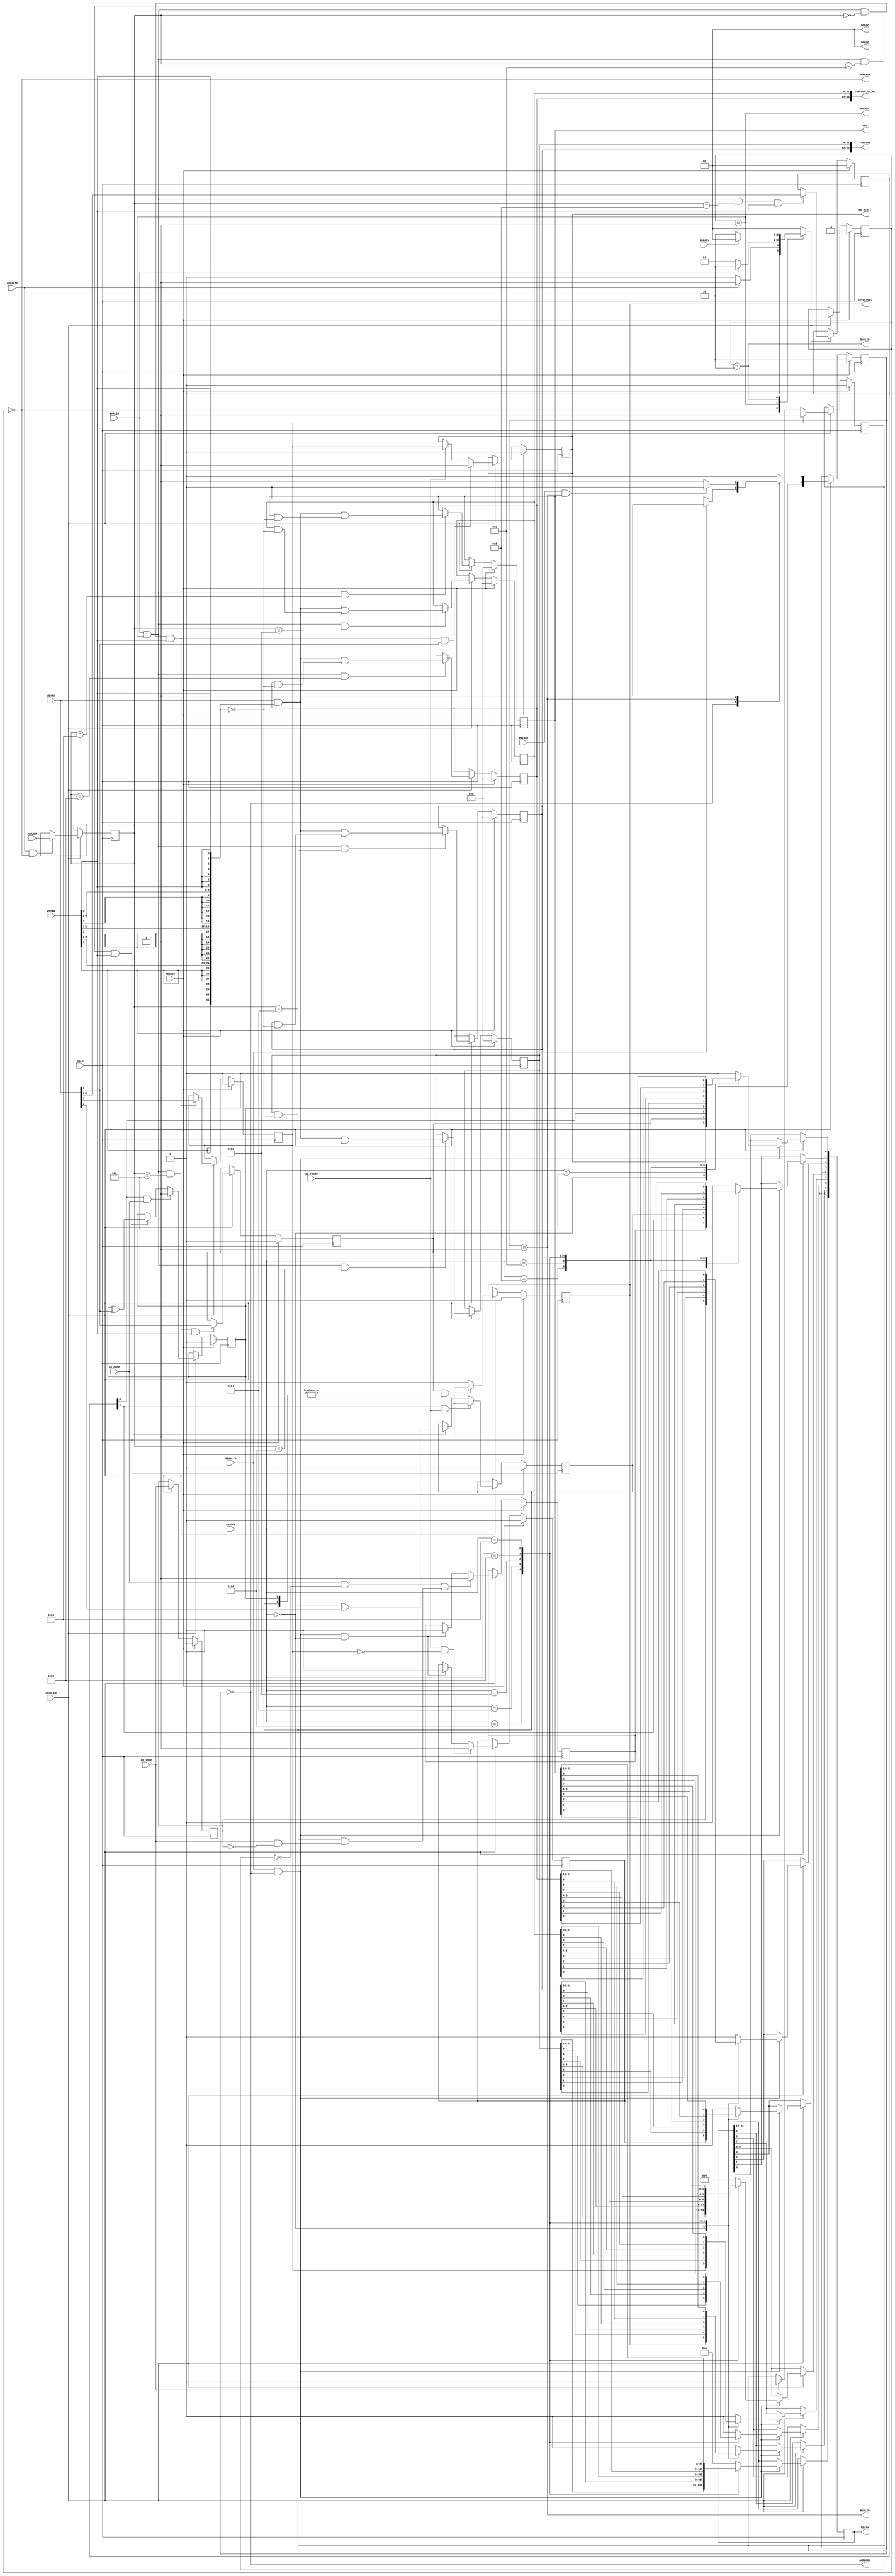
// ==============================================================
// Vitis HLS - High-Level Synthesis from C, C++ and OpenCL v2022.2 (64-bit)
// Tool Version Limit: 2019.12
// Copyright 1986-2022 Xilinx, Inc. All Rights Reserved.
// ==============================================================
`timescale 1ns/1ps
module read_romcode_control_s_axi
#(parameter
    C_S_AXI_ADDR_WIDTH = 6,
    C_S_AXI_DATA_WIDTH = 32
)(
    input  wire                          ACLK,
    input  wire                          ARESET,
    input  wire                          ACLK_EN,
    input  wire [C_S_AXI_ADDR_WIDTH-1:0] AWADDR,
    input  wire                          AWVALID,
    output wire                          AWREADY,
    input  wire [C_S_AXI_DATA_WIDTH-1:0] WDATA,
    input  wire [C_S_AXI_DATA_WIDTH/8-1:0] WSTRB,
    input  wire                          WVALID,
    output wire                          WREADY,
    output wire [1:0]                    BRESP,
    output wire                          BVALID,
    input  wire                          BREADY,
    input  wire [C_S_AXI_ADDR_WIDTH-1:0] ARADDR,
    input  wire                          ARVALID,
    output wire                          ARREADY,
    output wire [C_S_AXI_DATA_WIDTH-1:0] RDATA,
    output wire [1:0]                    RRESP,
    output wire                          RVALID,
    input  wire                          RREADY,
    output wire                          interrupt,
    output wire [63:0]                   romcode,
    output wire [63:0]                   romcode_to_PS,
    output wire [31:0]                   cmd,
    output wire                          ap_start,
    input  wire                          ap_done,
    input  wire                          ap_ready,
    input  wire                          ap_idle
);
//------------------------Address Info-------------------
// 0x00 : Control signals
//        bit 0  - ap_start (Read/Write/COH)
//        bit 1  - ap_done (Read/COR)
//        bit 2  - ap_idle (Read)
//        bit 3  - ap_ready (Read/COR)
//        bit 7  - auto_restart (Read/Write)
//        bit 9  - interrupt (Read)
//        others - reserved
// 0x04 : Global Interrupt Enable Register
//        bit 0  - Global Interrupt Enable (Read/Write)
//        others - reserved
// 0x08 : IP Interrupt Enable Register (Read/Write)
//        bit 0 - enable ap_done interrupt (Read/Write)
//        bit 1 - enable ap_ready interrupt (Read/Write)
//        others - reserved
// 0x0c : IP Interrupt Status Register (Read/TOW)
//        bit 0 - ap_done (Read/TOW)
//        bit 1 - ap_ready (Read/TOW)
//        others - reserved
// 0x10 : Data signal of romcode
//        bit 31~0 - romcode[31:0] (Read/Write)
// 0x14 : Data signal of romcode
//        bit 31~0 - romcode[63:32] (Read/Write)
// 0x18 : reserved
// 0x1c : Data signal of romcode_to_PS
//        bit 31~0 - romcode_to_PS[31:0] (Read/Write)
// 0x20 : Data signal of romcode_to_PS
//        bit 31~0 - romcode_to_PS[63:32] (Read/Write)
// 0x24 : reserved
// 0x28 : Data signal of cmd
//        bit 31~0 - cmd[31:0] (Read/Write)
// 0x2c : reserved
// (SC = Self Clear, COR = Clear on Read, TOW = Toggle on Write, COH = Clear on Handshake)

//------------------------Parameter----------------------
localparam
    ADDR_AP_CTRL              = 6'h00,
    ADDR_GIE                  = 6'h04,
    ADDR_IER                  = 6'h08,
    ADDR_ISR                  = 6'h0c,
    ADDR_ROMCODE_DATA_0       = 6'h10,
    ADDR_ROMCODE_DATA_1       = 6'h14,
    ADDR_ROMCODE_CTRL         = 6'h18,
    ADDR_ROMCODE_TO_PS_DATA_0 = 6'h1c,
    ADDR_ROMCODE_TO_PS_DATA_1 = 6'h20,
    ADDR_ROMCODE_TO_PS_CTRL   = 6'h24,
    ADDR_CMD_DATA_0           = 6'h28,
    ADDR_CMD_CTRL             = 6'h2c,
    WRIDLE                    = 2'd0,
    WRDATA                    = 2'd1,
    WRRESP                    = 2'd2,
    WRRESET                   = 2'd3,
    RDIDLE                    = 2'd0,
    RDDATA                    = 2'd1,
    RDRESET                   = 2'd2,
    ADDR_BITS                = 6;

//------------------------Local signal-------------------
    reg  [1:0]                    wstate = WRRESET;
    reg  [1:0]                    wnext;
    reg  [ADDR_BITS-1:0]          waddr;
    wire [C_S_AXI_DATA_WIDTH-1:0] wmask;
    wire                          aw_hs;
    wire                          w_hs;
    reg  [1:0]                    rstate = RDRESET;
    reg  [1:0]                    rnext;
    reg  [C_S_AXI_DATA_WIDTH-1:0] rdata;
    wire                          ar_hs;
    wire [ADDR_BITS-1:0]          raddr;
    // internal registers
    reg                           int_ap_idle;
    reg                           int_ap_ready = 1'b0;
    wire                          task_ap_ready;
    reg                           int_ap_done = 1'b0;
    wire                          task_ap_done;
    reg                           int_task_ap_done = 1'b0;
    reg                           int_ap_start = 1'b0;
    reg                           int_interrupt = 1'b0;
    reg                           int_auto_restart = 1'b0;
    reg                           auto_restart_status = 1'b0;
    wire                          auto_restart_done;
    reg                           int_gie = 1'b0;
    reg  [1:0]                    int_ier = 2'b0;
    reg  [1:0]                    int_isr = 2'b0;
    reg  [63:0]                   int_romcode = 'b0;
    reg  [63:0]                   int_romcode_to_PS = 'b0;
    reg  [31:0]                   int_cmd = 'b0;

//------------------------Instantiation------------------


//------------------------AXI write fsm------------------
assign AWREADY = (wstate == WRIDLE);
assign WREADY  = (wstate == WRDATA);
assign BRESP   = 2'b00;  // OKAY
assign BVALID  = (wstate == WRRESP);
assign wmask   = { {8{WSTRB[3]}}, {8{WSTRB[2]}}, {8{WSTRB[1]}}, {8{WSTRB[0]}} };
assign aw_hs   = AWVALID & AWREADY;
assign w_hs    = WVALID & WREADY;

// wstate
always @(posedge ACLK) begin
    if (ARESET)
        wstate <= WRRESET;
    else if (ACLK_EN)
        wstate <= wnext;
end

// wnext
always @(*) begin
    case (wstate)
        WRIDLE:
            if (AWVALID)
                wnext = WRDATA;
            else
                wnext = WRIDLE;
        WRDATA:
            if (WVALID)
                wnext = WRRESP;
            else
                wnext = WRDATA;
        WRRESP:
            if (BREADY)
                wnext = WRIDLE;
            else
                wnext = WRRESP;
        default:
            wnext = WRIDLE;
    endcase
end

// waddr
always @(posedge ACLK) begin
    if (ACLK_EN) begin
        if (aw_hs)
            waddr <= AWADDR[ADDR_BITS-1:0];
    end
end

//------------------------AXI read fsm-------------------
assign ARREADY = (rstate == RDIDLE);
assign RDATA   = rdata;
assign RRESP   = 2'b00;  // OKAY
assign RVALID  = (rstate == RDDATA);
assign ar_hs   = ARVALID & ARREADY;
assign raddr   = ARADDR[ADDR_BITS-1:0];

// rstate
always @(posedge ACLK) begin
    if (ARESET)
        rstate <= RDRESET;
    else if (ACLK_EN)
        rstate <= rnext;
end

// rnext
always @(*) begin
    case (rstate)
        RDIDLE:
            if (ARVALID)
                rnext = RDDATA;
            else
                rnext = RDIDLE;
        RDDATA:
            if (RREADY & RVALID)
                rnext = RDIDLE;
            else
                rnext = RDDATA;
        default:
            rnext = RDIDLE;
    endcase
end

// rdata
always @(posedge ACLK) begin
    if (ACLK_EN) begin
        if (ar_hs) begin
            rdata <= 'b0;
            case (raddr)
                ADDR_AP_CTRL: begin
                    rdata[0] <= int_ap_start;
                    rdata[1] <= int_task_ap_done;
                    rdata[2] <= int_ap_idle;
                    rdata[3] <= int_ap_ready;
                    rdata[7] <= int_auto_restart;
                    rdata[9] <= int_interrupt;
                end
                ADDR_GIE: begin
                    rdata <= int_gie;
                end
                ADDR_IER: begin
                    rdata <= int_ier;
                end
                ADDR_ISR: begin
                    rdata <= int_isr;
                end
                ADDR_ROMCODE_DATA_0: begin
                    rdata <= int_romcode[31:0];
                end
                ADDR_ROMCODE_DATA_1: begin
                    rdata <= int_romcode[63:32];
                end
                ADDR_ROMCODE_TO_PS_DATA_0: begin
                    rdata <= int_romcode_to_PS[31:0];
                end
                ADDR_ROMCODE_TO_PS_DATA_1: begin
                    rdata <= int_romcode_to_PS[63:32];
                end
                ADDR_CMD_DATA_0: begin
                    rdata <= int_cmd[31:0];
                end
            endcase
        end
    end
end


//------------------------Register logic-----------------
assign interrupt         = int_interrupt;
assign ap_start          = int_ap_start;
assign task_ap_done      = (ap_done && !auto_restart_status) || auto_restart_done;
assign task_ap_ready     = ap_ready && !int_auto_restart;
assign auto_restart_done = auto_restart_status && (ap_idle && !int_ap_idle);
assign romcode           = int_romcode;
assign romcode_to_PS     = int_romcode_to_PS;
assign cmd               = int_cmd;
// int_interrupt
always @(posedge ACLK) begin
    if (ARESET)
        int_interrupt <= 1'b0;
    else if (ACLK_EN) begin
        if (int_gie && (|int_isr))
            int_interrupt <= 1'b1;
        else
            int_interrupt <= 1'b0;
    end
end

// int_ap_start
always @(posedge ACLK) begin
    if (ARESET)
        int_ap_start <= 1'b0;
    else if (ACLK_EN) begin
        if (w_hs && waddr == ADDR_AP_CTRL && WSTRB[0] && WDATA[0])
            int_ap_start <= 1'b1;
        else if (ap_ready)
            int_ap_start <= int_auto_restart; // clear on handshake/auto restart
    end
end

// int_ap_done
always @(posedge ACLK) begin
    if (ARESET)
        int_ap_done <= 1'b0;
    else if (ACLK_EN) begin
            int_ap_done <= ap_done;
    end
end

// int_task_ap_done
always @(posedge ACLK) begin
    if (ARESET)
        int_task_ap_done <= 1'b0;
    else if (ACLK_EN) begin
        if (task_ap_done)
            int_task_ap_done <= 1'b1;
        else if (ar_hs && raddr == ADDR_AP_CTRL)
            int_task_ap_done <= 1'b0; // clear on read
    end
end

// int_ap_idle
always @(posedge ACLK) begin
    if (ARESET)
        int_ap_idle <= 1'b0;
    else if (ACLK_EN) begin
            int_ap_idle <= ap_idle;
    end
end

// int_ap_ready
always @(posedge ACLK) begin
    if (ARESET)
        int_ap_ready <= 1'b0;
    else if (ACLK_EN) begin
        if (task_ap_ready)
            int_ap_ready <= 1'b1;
        else if (ar_hs && raddr == ADDR_AP_CTRL)
            int_ap_ready <= 1'b0;
    end
end

// int_auto_restart
always @(posedge ACLK) begin
    if (ARESET)
        int_auto_restart <= 1'b0;
    else if (ACLK_EN) begin
        if (w_hs && waddr == ADDR_AP_CTRL && WSTRB[0])
            int_auto_restart <=  WDATA[7];
    end
end

// auto_restart_status
always @(posedge ACLK) begin
    if (ARESET)
        auto_restart_status <= 1'b0;
    else if (ACLK_EN) begin
        if (int_auto_restart)
            auto_restart_status <= 1'b1;
        else if (ap_idle)
            auto_restart_status <= 1'b0;
    end
end

// int_gie
always @(posedge ACLK) begin
    if (ARESET)
        int_gie <= 1'b0;
    else if (ACLK_EN) begin
        if (w_hs && waddr == ADDR_GIE && WSTRB[0])
            int_gie <= WDATA[0];
    end
end

// int_ier
always @(posedge ACLK) begin
    if (ARESET)
        int_ier <= 1'b0;
    else if (ACLK_EN) begin
        if (w_hs && waddr == ADDR_IER && WSTRB[0])
            int_ier <= WDATA[1:0];
    end
end

// int_isr[0]
always @(posedge ACLK) begin
    if (ARESET)
        int_isr[0] <= 1'b0;
    else if (ACLK_EN) begin
        if (int_ier[0] & ap_done)
            int_isr[0] <= 1'b1;
        else if (w_hs && waddr == ADDR_ISR && WSTRB[0])
            int_isr[0] <= int_isr[0] ^ WDATA[0]; // toggle on write
    end
end

// int_isr[1]
always @(posedge ACLK) begin
    if (ARESET)
        int_isr[1] <= 1'b0;
    else if (ACLK_EN) begin
        if (int_ier[1] & ap_ready)
            int_isr[1] <= 1'b1;
        else if (w_hs && waddr == ADDR_ISR && WSTRB[0])
            int_isr[1] <= int_isr[1] ^ WDATA[1]; // toggle on write
    end
end

// int_romcode[31:0]
always @(posedge ACLK) begin
    if (ARESET)
        int_romcode[31:0] <= 0;
    else if (ACLK_EN) begin
        if (w_hs && waddr == ADDR_ROMCODE_DATA_0)
            int_romcode[31:0] <= (WDATA[31:0] & wmask) | (int_romcode[31:0] & ~wmask);
    end
end

// int_romcode[63:32]
always @(posedge ACLK) begin
    if (ARESET)
        int_romcode[63:32] <= 0;
    else if (ACLK_EN) begin
        if (w_hs && waddr == ADDR_ROMCODE_DATA_1)
            int_romcode[63:32] <= (WDATA[31:0] & wmask) | (int_romcode[63:32] & ~wmask);
    end
end

// int_romcode_to_PS[31:0]
always @(posedge ACLK) begin
    if (ARESET)
        int_romcode_to_PS[31:0] <= 0;
    else if (ACLK_EN) begin
        if (w_hs && waddr == ADDR_ROMCODE_TO_PS_DATA_0)
            int_romcode_to_PS[31:0] <= (WDATA[31:0] & wmask) | (int_romcode_to_PS[31:0] & ~wmask);
    end
end

// int_romcode_to_PS[63:32]
always @(posedge ACLK) begin
    if (ARESET)
        int_romcode_to_PS[63:32] <= 0;
    else if (ACLK_EN) begin
        if (w_hs && waddr == ADDR_ROMCODE_TO_PS_DATA_1)
            int_romcode_to_PS[63:32] <= (WDATA[31:0] & wmask) | (int_romcode_to_PS[63:32] & ~wmask);
    end
end

// int_cmd[31:0]
always @(posedge ACLK) begin
    if (ARESET)
        int_cmd[31:0] <= 0;
    else if (ACLK_EN) begin
        if (w_hs && waddr == ADDR_CMD_DATA_0)
            int_cmd[31:0] <= (WDATA[31:0] & wmask) | (int_cmd[31:0] & ~wmask);
    end
end

//synthesis translate_off
always @(posedge ACLK) begin
    if (ACLK_EN) begin
        if (int_gie & ~int_isr[0] & int_ier[0] & ap_done)
            $display ("// Interrupt Monitor : interrupt for ap_done detected @ \"%0t\"", $time);
        if (int_gie & ~int_isr[1] & int_ier[1] & ap_ready)
            $display ("// Interrupt Monitor : interrupt for ap_ready detected @ \"%0t\"", $time);
    end
end
//synthesis translate_on

//------------------------Memory logic-------------------

endmodule